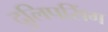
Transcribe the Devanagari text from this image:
दुलिपसिंग